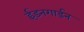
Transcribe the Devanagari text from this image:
ईडनगार्डन